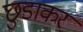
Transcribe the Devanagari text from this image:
छुडाकर